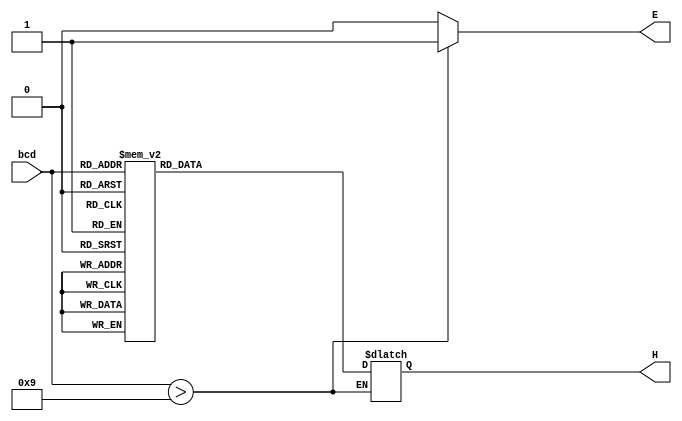
module decoder_hex_10 (
	input [3:0] bcd,
	output reg [6:0] H,
	output reg E);
	always @(bcd)
		if (bcd > 4'b1001) begin
			E = 1;
		end
		else begin
			E = 0;
			case (bcd)
				0: H = 7'b0000001;
				1: H = 7'b1001111;
				2: H = 7'b0010010;
				3: H = 7'b0000110;
				4: H = 7'b1001100;
				5: H = 7'b0100100;
				6: H = 7'b0100000;
				7: H = 7'b0001111;
				8: H = 7'b0000000;
				9: H = 7'b0000100;
				default: H = 7'b1111111;
			endcase
		end
endmodule

module BCD_to_DEC (
	input [7:0] SW,
	output [9:0] LEDR, output [6:0] HEX0,HEX1);
	assign LEDR[7:0] = SW[7:0];
	decoder_hex_10 decoder1(SW[3:0],HEX0,LEDR[8]);
	decoder_hex_10 decoder2(SW[7:4],HEX1,LEDR[9]);
endmodule